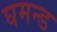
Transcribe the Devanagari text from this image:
घमन्ड